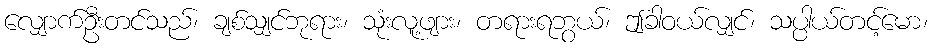
လျှောက်ဦးတင်သည်၊ ချစ်သျှင်ဘုရား၊ သုံးလူ့ဖျား၊ တရားရဘွယ်၊ ဤခါဝယ်လျှင်၊ သပ္ပါယ်တင့်မော၊